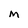
Character: m